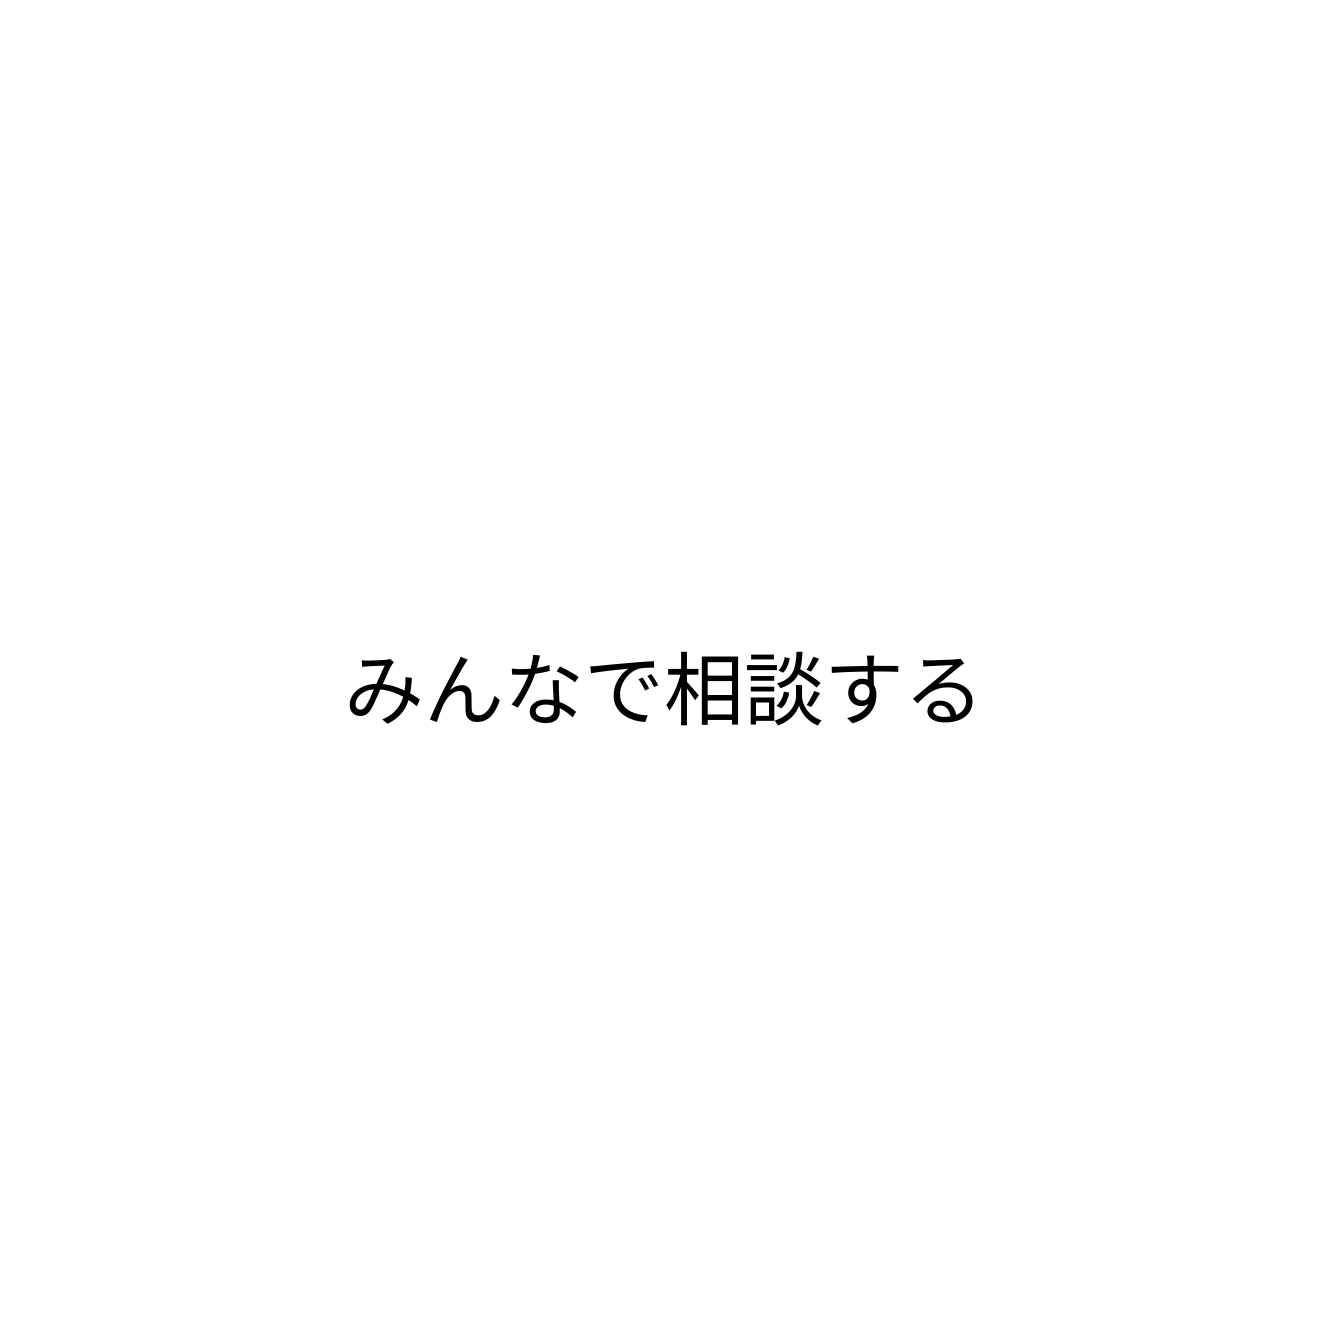
みんなで相談する